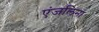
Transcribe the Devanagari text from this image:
एंजलिना